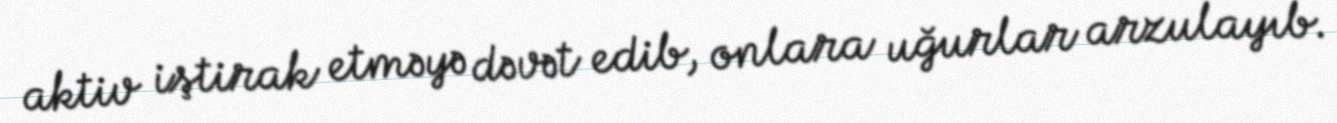
aktiv iştirak etməyə dəvət edib, onlara uğurlar arzulayıb.